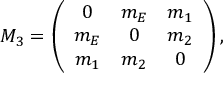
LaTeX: { \cal M } _ { 3 } = \left( \begin{array} { c c c } { { 0 } } & { { m _ { E } } } & { { m _ { 1 } } } \\ { { m _ { E } } } & { { 0 } } & { { m _ { 2 } } } \\ { { m _ { 1 } } } & { { m _ { 2 } } } & { { 0 } } \end{array} \right) ,